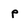
Character: P